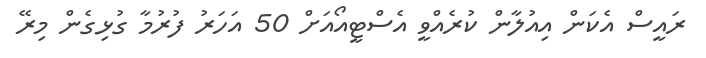
ރައީސް އެކަން އިއުލާން ކުރެއްވީ އެސްޓީއޯއަށް 50 އަހަރު ފުރުމާ ގުޅިގެން މިރޭ